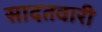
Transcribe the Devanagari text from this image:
सादतवारी